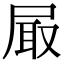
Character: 𡱾